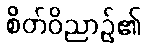
စိတ်ဝိညာဉ်၏